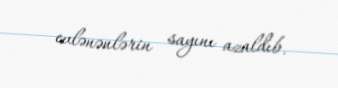
evlənənlərin sayını azaldıb.